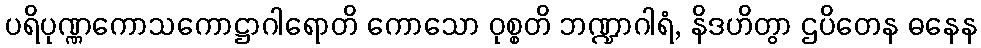
ပရိပုဏ္ဏကောသကောဋ္ဌာဂါရောတိ ကောသော ဝုစ္စတိ ဘဏ္ဍာဂါရံ, နိဒဟိတွာ ဌပိတေန ဓနေန